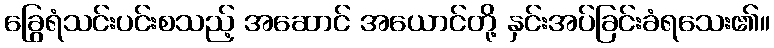
ခြွေရံသင်းပင်းစသည့် အဆောင် အယောင်တို့ နှင်းအပ်ခြင်းခံရသေး၏။